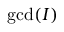
\gcd ( I )